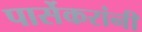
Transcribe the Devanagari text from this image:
पार्सेकरांनी